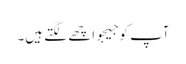
آپ کو جیجو اچھے لگتے ہیں۔